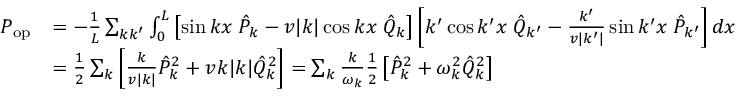
\begin{array} { r l } { P _ { \mathrm { o p } } } & { = - \frac { 1 } { L } \sum _ { k k ^ { \prime } } \int _ { 0 } ^ { L } \left[ \sin k x \; \hat { P } _ { k } - v | k | \cos k x \; \hat { Q } _ { k } \right] \left[ k ^ { \prime } \cos k ^ { \prime } x \; \hat { Q } _ { k ^ { \prime } } - \frac { k ^ { \prime } } { v | k ^ { \prime } | } \sin k ^ { \prime } x \; \hat { P } _ { k ^ { \prime } } \right] d x } \\ & { = \frac { 1 } { 2 } \sum _ { k } \left[ \frac { k } { v | k | } \hat { P } _ { k } ^ { 2 } + v k | k | \hat { Q } _ { k } ^ { 2 } \right] = \sum _ { k } \frac { k } { \omega _ { k } } \frac { 1 } { 2 } \left[ \hat { P } _ { k } ^ { 2 } + \omega _ { k } ^ { 2 } \hat { Q } _ { k } ^ { 2 } \right] } \end{array}